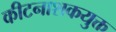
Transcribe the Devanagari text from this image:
कीटनाशकयुक्त